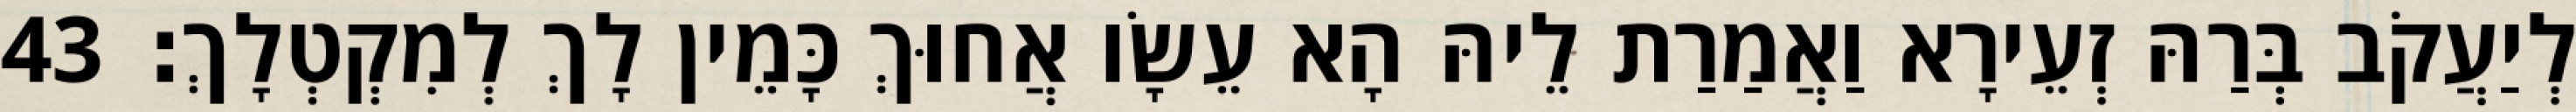
לְיַעֲקֹב בְּרַהּ זְעֵירָא וַאֲמַרַת לֵיהּ הָא עֵשָׂו אֲחוּךְ כָּמֵין לָךְ לְמִקְטְלָךְ׃ 43